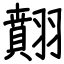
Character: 翸